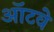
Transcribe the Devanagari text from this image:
ऑटवे